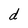
Character: d